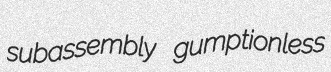
subassembly gumptionless